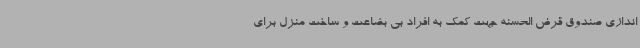
اندازی صندوق قرض الحسنه جهت کمک به افراد بی بضاعت و ساخت منزل برای